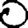
Digit: 0